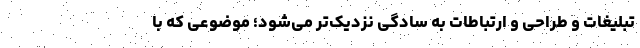
تبلیغات و طراحی و ارتباطات به سادگی نزدیک‌تر می‌شود؛ موضوعی که با